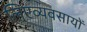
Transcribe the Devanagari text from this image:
लिएव्यवसायों